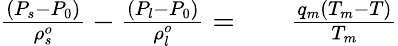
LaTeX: \begin{array}{rlr}{\frac{(P_{s}-P_{0})}{\rho_{s}^{o}}-\frac{(P_{l}-P_{0})}{\rho_{l}^{o}}=}&{{}}&{\frac{q_{m}(T_{m}-T)}{T_{m}}}\end{array}